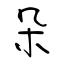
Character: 朵